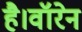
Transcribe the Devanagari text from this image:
है।वॉरेन